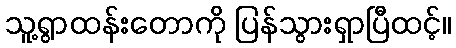
သူ့ရွာထန်းတောကို ပြန်သွားရှာပြီထင့်။